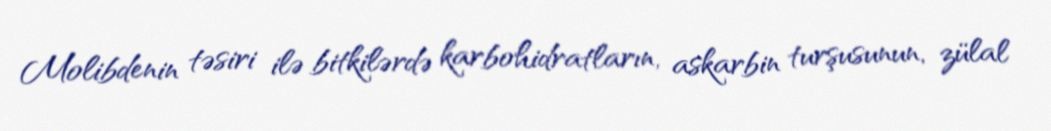
Molibdenin təsiri ilə bitkilərdə karbohidratların, askarbin turşusunun, zülal